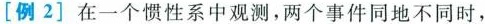
[例2]在一个惯性系中观测，两个事件同地不同时，